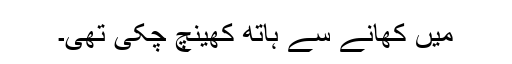
میں کھانے سے ہاتھ کھینچ چکی تھی۔